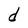
Character: d